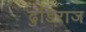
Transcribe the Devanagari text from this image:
ढुंडिराज